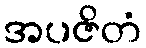
အပဇိတံ